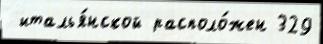
 италья́нской располо́жен 329